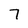
Character: 7